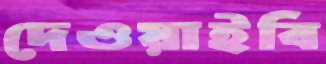
দেওয়াইবি